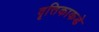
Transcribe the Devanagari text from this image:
वृत्तिकाकडे